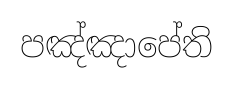
පඤ්ඤාපේති